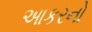
આકરનો